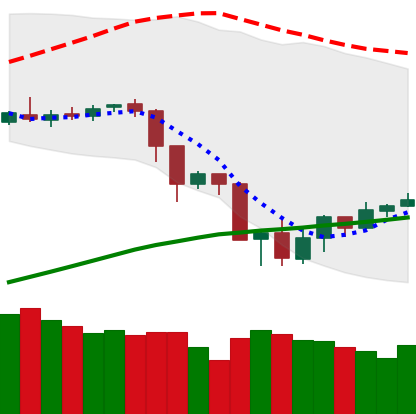
Ticker: ETC-USD
Chart end date: 2019-07-22
Forward return: -6.708%
Label: down_5_7